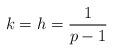
LaTeX: \begin{align*}k = h = \dfrac{1}{p-1}\end{align*}